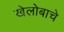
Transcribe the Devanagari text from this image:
खेलोबाचे